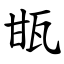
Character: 㽍